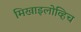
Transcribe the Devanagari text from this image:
मिखाइलोव्हिच